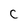
Character: c